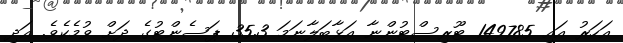
އަހަރު އައި 149785 ޓޫރިސްޓުންނާ އަޅާބަލާނަމަ 35.3 ޕަސެންޓުގެ ދަށް ވުމެކެވެ. އަދި